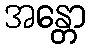
အန္တော